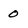
Character: 0